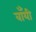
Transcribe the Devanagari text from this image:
बॉंयी